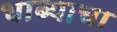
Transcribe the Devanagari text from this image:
धाब्याचा